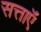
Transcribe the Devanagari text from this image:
सत्ताऍं